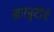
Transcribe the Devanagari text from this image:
खारफ़ुटीची